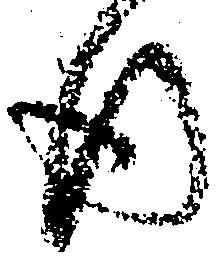
行